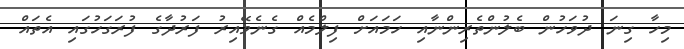
މިހާ ގިނަ ދުވަހުން ބެލުންތެރިންނާއި ހަމައަށް ފިލްމެއް ގެނެވޭއިރު ފަރުދާގެ ފުރަގަހުގައި އެތައް